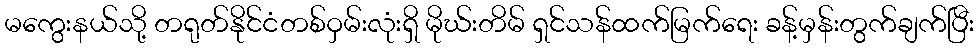
မကွေးနယ်သို့ တရုတ်နိုင်ငံတစ်ဝှမ်းလုံးရှိ မိုဃ်းတိမ် ရှင်သန်ထက်မြက်ရေး ခန့်မှန်းတွက်ချက်ပြီး